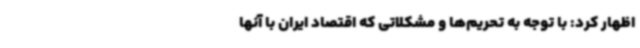
اظهار کرد: با توجه به تحریم‌ها و مشکلاتی که اقتصاد ایران با آنها